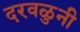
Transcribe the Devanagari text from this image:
दरवळुनी